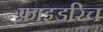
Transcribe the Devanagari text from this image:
फ्राइडरिच